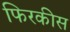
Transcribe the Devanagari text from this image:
फिरकीस